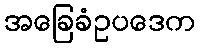
အခြေခံဥပဒေက